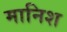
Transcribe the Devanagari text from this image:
मानिश